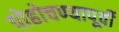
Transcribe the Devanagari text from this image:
पोहोचण्यापूर्वी